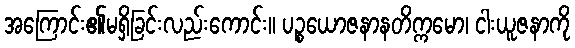
အကြောင်း၏မရှိခြင်းလည်းကောင်း။ ပဉ္စယောဇနာနတိက္ကမော၊ ငါးယူဇနာကို